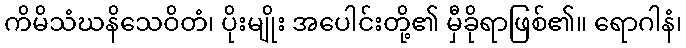
ကိမိသံဃနိသေဝိတံ၊ ပိုးမျိုး အပေါင်းတို့၏ မှီခိုရာဖြစ်၏။ ရောဂါနံ၊